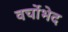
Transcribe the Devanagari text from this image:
वर्चोभेद